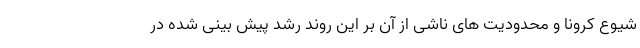
شیوع کرونا و محدودیت های ناشی از آن بر این روند رشد پیش بینی شده در